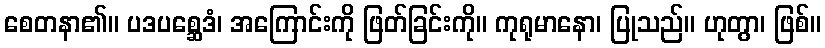
စေတနာ၏။ ပဒပစ္ဆေဒံ၊ အကြောင်းကို ဖြတ်ခြင်းကို။ ကုရုမာနော၊ ပြုသည်။ ဟုတွာ၊ ဖြစ်။